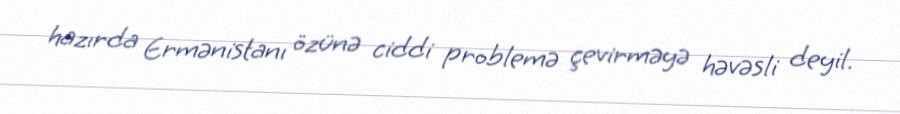
hazırda Ermənistanı özünə ciddi problemə çevirməyə həvəsli deyil.